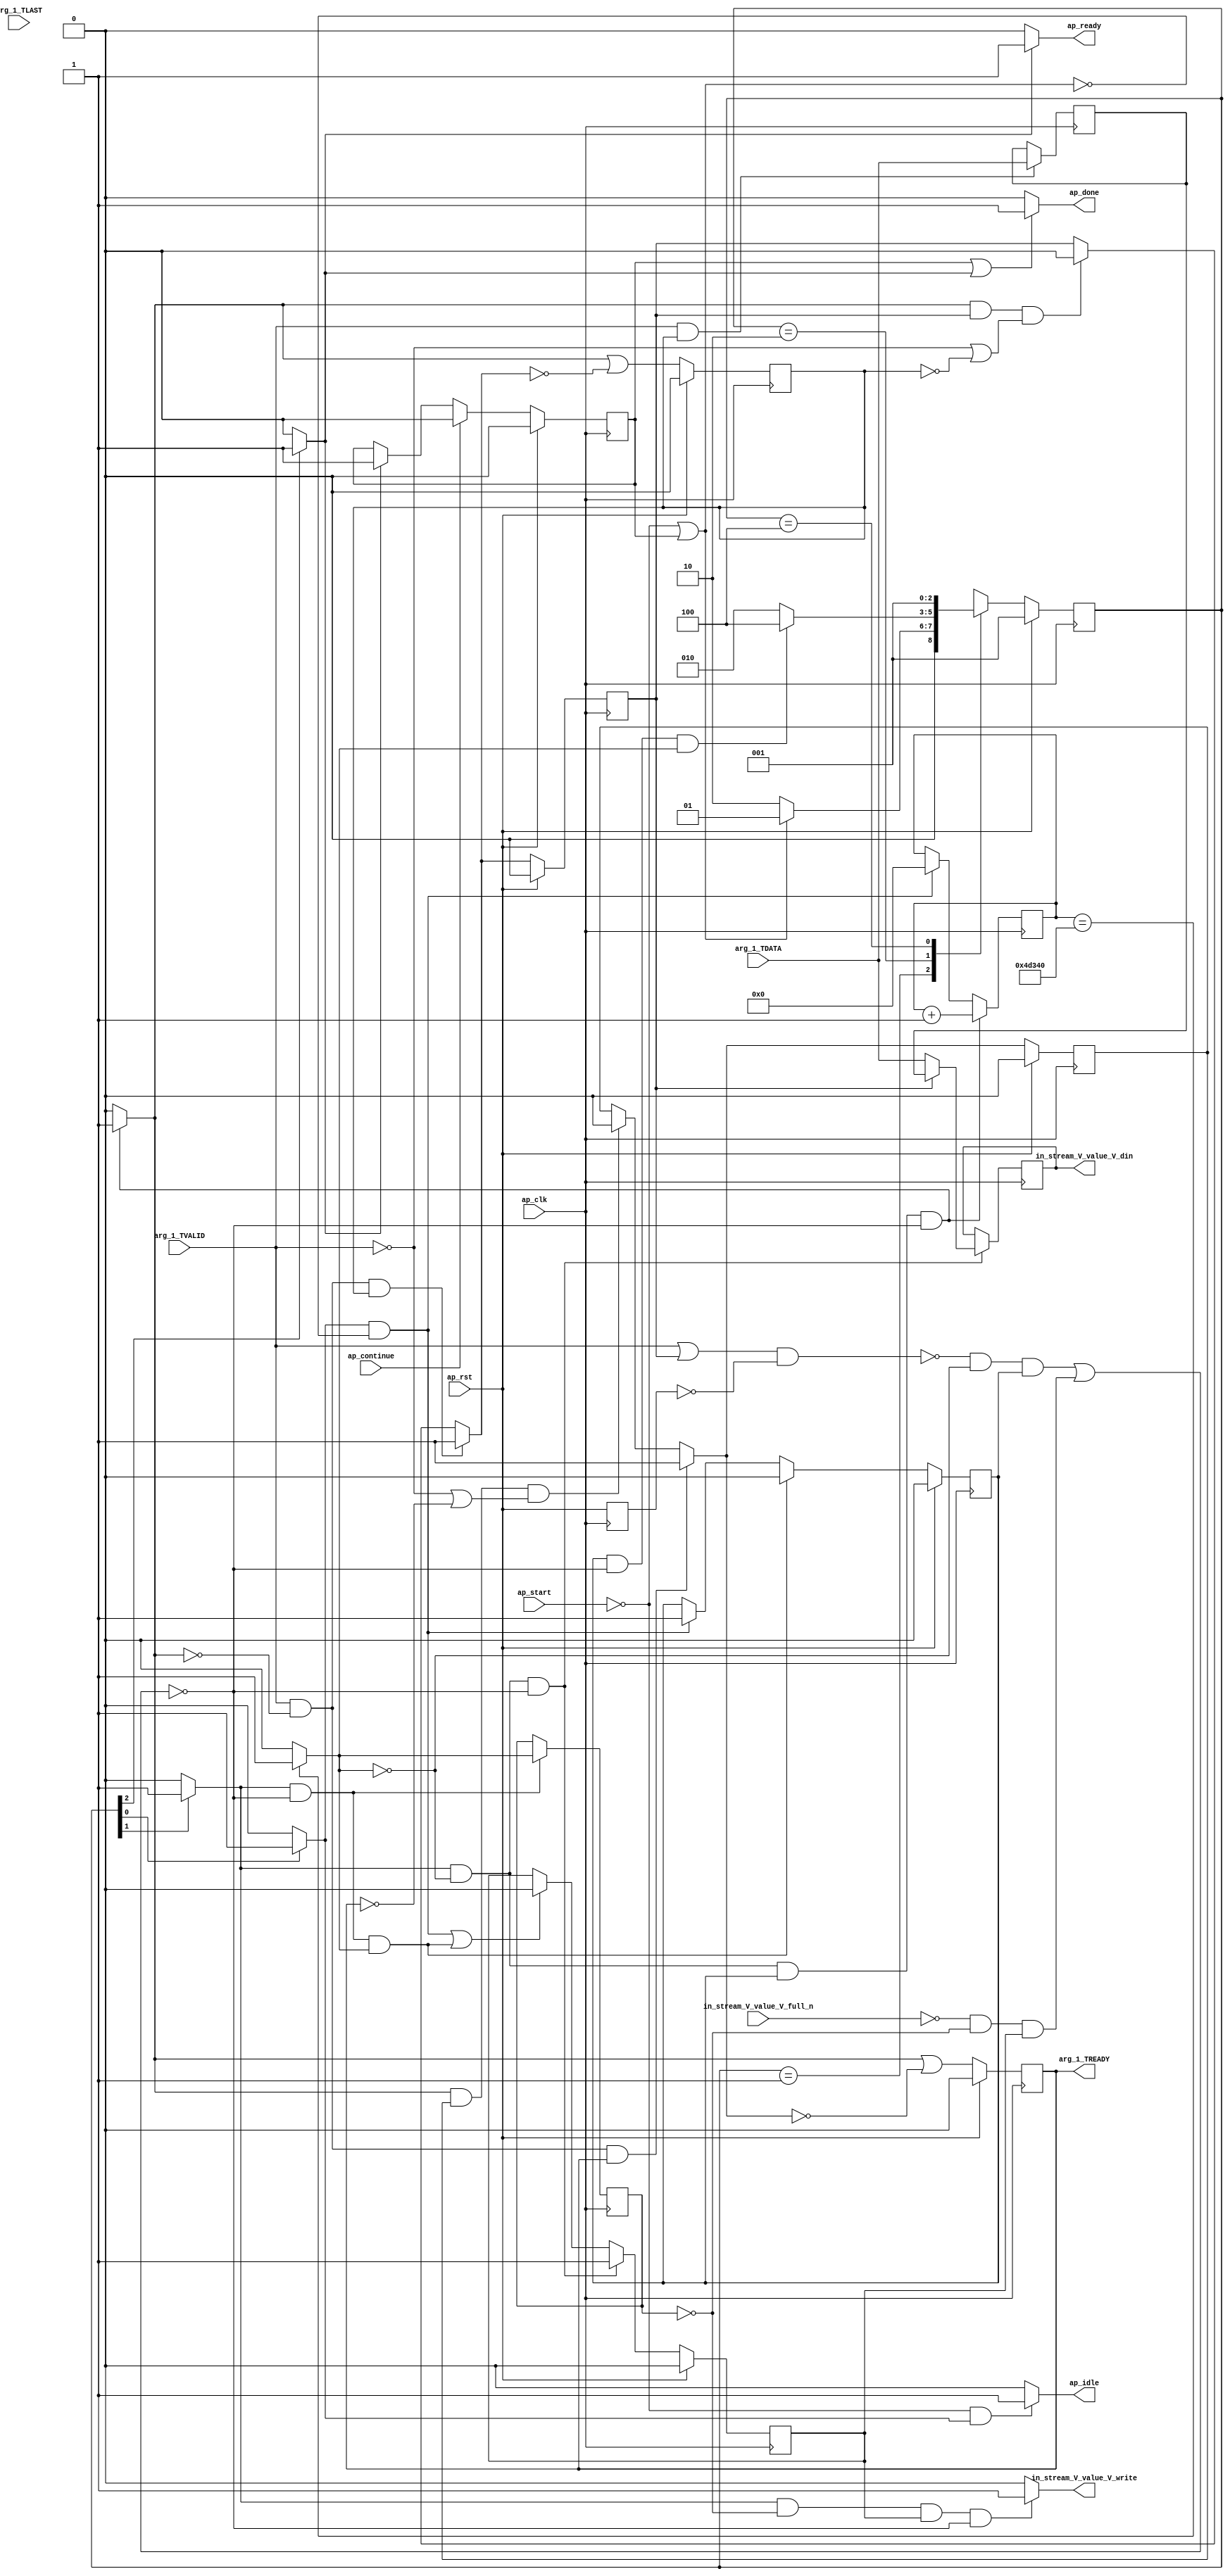
// ==============================================================
// RTL generated by Vivado(TM) HLS - High-Level Synthesis from C, C++ and SystemC
// Version: 2015.3
// Copyright (C) 2015 Xilinx Inc. All rights reserved.
// 
// ===========================================================

`timescale 1 ns / 1 ps 

module hls_target_linebuffer_Loop_1_proc (
        ap_clk,
        ap_rst,
        ap_start,
        ap_done,
        ap_continue,
        ap_idle,
        ap_ready,
        arg_1_TDATA,
        arg_1_TVALID,
        arg_1_TREADY,
        arg_1_TLAST,
        in_stream_V_value_V_din,
        in_stream_V_value_V_full_n,
        in_stream_V_value_V_write
);

parameter    ap_const_logic_1 = 1'b1;
parameter    ap_const_logic_0 = 1'b0;
parameter    ap_ST_st1_fsm_0 = 3'b1;
parameter    ap_ST_pp0_stg0_fsm_1 = 3'b10;
parameter    ap_ST_st4_fsm_2 = 3'b100;
parameter    ap_const_lv32_0 = 32'b00000000000000000000000000000000;
parameter    ap_const_lv1_1 = 1'b1;
parameter    ap_true = 1'b1;
parameter    ap_const_lv32_1 = 32'b1;
parameter    ap_const_lv1_0 = 1'b0;
parameter    ap_const_lv19_0 = 19'b0000000000000000000;
parameter    ap_const_lv19_4D340 = 19'b1001101001101000000;
parameter    ap_const_lv19_1 = 19'b1;
parameter    ap_const_lv32_2 = 32'b10;

input   ap_clk;
input   ap_rst;
input   ap_start;
output   ap_done;
input   ap_continue;
output   ap_idle;
output   ap_ready;
input  [7:0] arg_1_TDATA;
input   arg_1_TVALID;
output   arg_1_TREADY;
input  [0:0] arg_1_TLAST;
output  [7:0] in_stream_V_value_V_din;
input   in_stream_V_value_V_full_n;
output   in_stream_V_value_V_write;

reg ap_done;
reg ap_idle;
reg ap_ready;
reg in_stream_V_value_V_write;
reg    ap_done_reg = 1'b0;
//(* fsm_encoding = "none" *) 
reg   [2:0] ap_CS_fsm = 3'b1; // XXX
reg    ap_sig_cseq_ST_st1_fsm_0;
reg    ap_sig_bdd_22;
reg   [7:0] in_axi_stream_V_value_V_0_data_out;
wire    in_axi_stream_V_value_V_0_vld_in;
wire    in_axi_stream_V_value_V_0_vld_out;
reg    in_axi_stream_V_value_V_0_ack_out;
reg   [7:0] in_axi_stream_V_value_V_0_data_reg;
reg    in_axi_stream_V_value_V_0_areset_d;
reg    in_axi_stream_V_value_V_0_in_rdy = 1'b0;
reg    in_axi_stream_V_value_V_0_has_vld_data_reg_i;
reg    in_axi_stream_V_value_V_0_has_vld_data_reg = 1'b0;
wire    in_axi_stream_V_last_V_0_vld_in;
reg    in_axi_stream_V_last_V_0_ack_out;
reg    in_axi_stream_V_last_V_0_in_rdy = 1'b0;
reg    in_axi_stream_V_last_V_0_has_vld_data_reg_i;
reg    in_axi_stream_V_last_V_0_has_vld_data_reg = 1'b0;
reg   [18:0] indvar_flatten_reg_61 /*verilator public*/;
wire   [0:0] exitcond_flatten_fu_72_p2;
reg   [0:0] exitcond_flatten_reg_88;
reg    ap_sig_cseq_ST_pp0_stg0_fsm_1;
reg    ap_sig_bdd_108;
reg    ap_sig_bdd_114;
reg    ap_reg_ppiten_pp0_it0 = 1'b0;
reg    ap_sig_bdd_121;
reg    ap_reg_ppiten_pp0_it1 = 1'b0;
wire   [18:0] indvar_flatten_next_fu_78_p2;
reg   [7:0] empty_18_reg_97_0 /*verilator public*/;
reg    ap_sig_bdd_142;
reg    ap_sig_cseq_ST_st4_fsm_2;
reg    ap_sig_bdd_172;
reg   [2:0] ap_NS_fsm;




/// the current state (ap_CS_fsm) of the state machine. ///
always @ (posedge ap_clk) begin : ap_ret_ap_CS_fsm
    if (ap_rst == 1'b1) begin
        ap_CS_fsm <= ap_ST_st1_fsm_0;
    end else begin
        ap_CS_fsm <= ap_NS_fsm;
    end
end

/// ap_done_reg assign process. ///
always @ (posedge ap_clk) begin : ap_ret_ap_done_reg
    if (ap_rst == 1'b1) begin
        ap_done_reg <= ap_const_logic_0;
    end else begin
        if ((ap_const_logic_1 == ap_continue)) begin
            ap_done_reg <= ap_const_logic_0;
        end else if ((ap_const_logic_1 == ap_sig_cseq_ST_st4_fsm_2)) begin
            ap_done_reg <= ap_const_logic_1;
        end
    end
end

/// ap_reg_ppiten_pp0_it0 assign process. ///
always @ (posedge ap_clk) begin : ap_ret_ap_reg_ppiten_pp0_it0
    if (ap_rst == 1'b1) begin
        ap_reg_ppiten_pp0_it0 <= ap_const_logic_0;
    end else begin
        if (((ap_const_logic_1 == ap_sig_cseq_ST_pp0_stg0_fsm_1) & ~((ap_sig_bdd_114 & (ap_const_logic_1 == ap_reg_ppiten_pp0_it0)) | (ap_sig_bdd_121 & (ap_const_logic_1 == ap_reg_ppiten_pp0_it1))) & ~(exitcond_flatten_fu_72_p2 == ap_const_lv1_0))) begin
            ap_reg_ppiten_pp0_it0 <= ap_const_logic_0;
        end else if (((ap_const_logic_1 == ap_sig_cseq_ST_st1_fsm_0) & ~ap_sig_bdd_142)) begin
            ap_reg_ppiten_pp0_it0 <= ap_const_logic_1;
        end
    end
end

/// ap_reg_ppiten_pp0_it1 assign process. ///
always @ (posedge ap_clk) begin : ap_ret_ap_reg_ppiten_pp0_it1
    if (ap_rst == 1'b1) begin
        ap_reg_ppiten_pp0_it1 <= ap_const_logic_0;
    end else begin
        if (((ap_const_logic_1 == ap_sig_cseq_ST_pp0_stg0_fsm_1) & (exitcond_flatten_fu_72_p2 == ap_const_lv1_0) & ~((ap_sig_bdd_114 & (ap_const_logic_1 == ap_reg_ppiten_pp0_it0)) | (ap_sig_bdd_121 & (ap_const_logic_1 == ap_reg_ppiten_pp0_it1))))) begin
            ap_reg_ppiten_pp0_it1 <= ap_const_logic_1;
        end else if ((((ap_const_logic_1 == ap_sig_cseq_ST_st1_fsm_0) & ~ap_sig_bdd_142) | ((ap_const_logic_1 == ap_sig_cseq_ST_pp0_stg0_fsm_1) & ~((ap_sig_bdd_114 & (ap_const_logic_1 == ap_reg_ppiten_pp0_it0)) | (ap_sig_bdd_121 & (ap_const_logic_1 == ap_reg_ppiten_pp0_it1))) & ~(exitcond_flatten_fu_72_p2 == ap_const_lv1_0)))) begin
            ap_reg_ppiten_pp0_it1 <= ap_const_logic_0;
        end
    end
end

/// in_axi_stream_V_last_V_0_has_vld_data_reg assign process. ///
always @ (posedge ap_clk) begin : ap_ret_in_axi_stream_V_last_V_0_has_vld_data_reg
    if (ap_rst == 1'b1) begin
        in_axi_stream_V_last_V_0_has_vld_data_reg <= ap_const_logic_0;
    end else begin
        in_axi_stream_V_last_V_0_has_vld_data_reg <= in_axi_stream_V_last_V_0_has_vld_data_reg_i;
    end
end

/// in_axi_stream_V_last_V_0_in_rdy assign process. ///
always @ (posedge ap_clk) begin : ap_ret_in_axi_stream_V_last_V_0_in_rdy
    if (ap_rst == 1'b1) begin
        in_axi_stream_V_last_V_0_in_rdy <= ap_const_logic_0;
    end else begin
        in_axi_stream_V_last_V_0_in_rdy <= (in_axi_stream_V_last_V_0_ack_out | ~in_axi_stream_V_last_V_0_has_vld_data_reg_i);
    end
end

/// in_axi_stream_V_value_V_0_has_vld_data_reg assign process. ///
always @ (posedge ap_clk) begin : ap_ret_in_axi_stream_V_value_V_0_has_vld_data_reg
    if (ap_rst == 1'b1) begin
        in_axi_stream_V_value_V_0_has_vld_data_reg <= ap_const_logic_0;
    end else begin
        in_axi_stream_V_value_V_0_has_vld_data_reg <= in_axi_stream_V_value_V_0_has_vld_data_reg_i;
    end
end

/// in_axi_stream_V_value_V_0_in_rdy assign process. ///
always @ (posedge ap_clk) begin : ap_ret_in_axi_stream_V_value_V_0_in_rdy
    if (ap_rst == 1'b1) begin
        in_axi_stream_V_value_V_0_in_rdy <= ap_const_logic_0;
    end else begin
        in_axi_stream_V_value_V_0_in_rdy <= (in_axi_stream_V_value_V_0_ack_out | ~in_axi_stream_V_value_V_0_has_vld_data_reg_i);
    end
end

/// assign process. ///
always @ (posedge ap_clk) begin
    if (((ap_const_logic_1 == ap_sig_cseq_ST_pp0_stg0_fsm_1) & (exitcond_flatten_fu_72_p2 == ap_const_lv1_0) & (ap_const_logic_1 == ap_reg_ppiten_pp0_it0) & ~((ap_sig_bdd_114 & (ap_const_logic_1 == ap_reg_ppiten_pp0_it0)) | (ap_sig_bdd_121 & (ap_const_logic_1 == ap_reg_ppiten_pp0_it1))))) begin
        indvar_flatten_reg_61 <= indvar_flatten_next_fu_78_p2;
    end else if (((ap_const_logic_1 == ap_sig_cseq_ST_st1_fsm_0) & ~ap_sig_bdd_142)) begin
        indvar_flatten_reg_61 <= ap_const_lv19_0;
    end
end

/// assign process. ///
always @ (posedge ap_clk) begin
    if (((ap_const_logic_1 == ap_sig_cseq_ST_pp0_stg0_fsm_1) & (exitcond_flatten_fu_72_p2 == ap_const_lv1_0) & ~((ap_sig_bdd_114 & (ap_const_logic_1 == ap_reg_ppiten_pp0_it0)) | (ap_sig_bdd_121 & (ap_const_logic_1 == ap_reg_ppiten_pp0_it1))))) begin
        empty_18_reg_97_0 <= in_axi_stream_V_value_V_0_data_out;
    end
end

/// assign process. ///
always @ (posedge ap_clk) begin
    if (((ap_const_logic_1 == ap_sig_cseq_ST_pp0_stg0_fsm_1) & ~((ap_sig_bdd_114 & (ap_const_logic_1 == ap_reg_ppiten_pp0_it0)) | (ap_sig_bdd_121 & (ap_const_logic_1 == ap_reg_ppiten_pp0_it1))))) begin
        exitcond_flatten_reg_88 <= exitcond_flatten_fu_72_p2;
    end
end

/// assign process. ///
always @ (posedge ap_clk) begin
    if ((ap_true == ap_true)) begin
        in_axi_stream_V_value_V_0_areset_d <= ap_rst;
    end
end

/// assign process. ///
always @ (posedge ap_clk) begin
    if (((ap_const_logic_1 == in_axi_stream_V_value_V_0_vld_in) & (ap_const_logic_1 == in_axi_stream_V_value_V_0_in_rdy))) begin
        in_axi_stream_V_value_V_0_data_reg <= arg_1_TDATA;
    end
end

/// ap_done assign process. ///
always @ (ap_done_reg or ap_sig_cseq_ST_st4_fsm_2) begin
    if (((ap_const_logic_1 == ap_done_reg) | (ap_const_logic_1 == ap_sig_cseq_ST_st4_fsm_2))) begin
        ap_done = ap_const_logic_1;
    end else begin
        ap_done = ap_const_logic_0;
    end
end

/// ap_idle assign process. ///
always @ (ap_start or ap_sig_cseq_ST_st1_fsm_0) begin
    if ((~(ap_const_logic_1 == ap_start) & (ap_const_logic_1 == ap_sig_cseq_ST_st1_fsm_0))) begin
        ap_idle = ap_const_logic_1;
    end else begin
        ap_idle = ap_const_logic_0;
    end
end

/// ap_ready assign process. ///
always @ (ap_sig_cseq_ST_st4_fsm_2) begin
    if ((ap_const_logic_1 == ap_sig_cseq_ST_st4_fsm_2)) begin
        ap_ready = ap_const_logic_1;
    end else begin
        ap_ready = ap_const_logic_0;
    end
end

/// ap_sig_cseq_ST_pp0_stg0_fsm_1 assign process. ///
always @ (ap_sig_bdd_108) begin
    if (ap_sig_bdd_108) begin
        ap_sig_cseq_ST_pp0_stg0_fsm_1 = ap_const_logic_1;
    end else begin
        ap_sig_cseq_ST_pp0_stg0_fsm_1 = ap_const_logic_0;
    end
end

/// ap_sig_cseq_ST_st1_fsm_0 assign process. ///
always @ (ap_sig_bdd_22) begin
    if (ap_sig_bdd_22) begin
        ap_sig_cseq_ST_st1_fsm_0 = ap_const_logic_1;
    end else begin
        ap_sig_cseq_ST_st1_fsm_0 = ap_const_logic_0;
    end
end

/// ap_sig_cseq_ST_st4_fsm_2 assign process. ///
always @ (ap_sig_bdd_172) begin
    if (ap_sig_bdd_172) begin
        ap_sig_cseq_ST_st4_fsm_2 = ap_const_logic_1;
    end else begin
        ap_sig_cseq_ST_st4_fsm_2 = ap_const_logic_0;
    end
end

/// in_axi_stream_V_last_V_0_ack_out assign process. ///
always @ (exitcond_flatten_fu_72_p2 or ap_sig_cseq_ST_pp0_stg0_fsm_1 or ap_sig_bdd_114 or ap_reg_ppiten_pp0_it0 or ap_sig_bdd_121 or ap_reg_ppiten_pp0_it1) begin
    if (((ap_const_logic_1 == ap_sig_cseq_ST_pp0_stg0_fsm_1) & (exitcond_flatten_fu_72_p2 == ap_const_lv1_0) & (ap_const_logic_1 == ap_reg_ppiten_pp0_it0) & ~((ap_sig_bdd_114 & (ap_const_logic_1 == ap_reg_ppiten_pp0_it0)) | (ap_sig_bdd_121 & (ap_const_logic_1 == ap_reg_ppiten_pp0_it1))))) begin
        in_axi_stream_V_last_V_0_ack_out = ap_const_logic_1;
    end else begin
        in_axi_stream_V_last_V_0_ack_out = ap_const_logic_0;
    end
end

/// in_axi_stream_V_last_V_0_has_vld_data_reg_i assign process. ///
always @ (in_axi_stream_V_last_V_0_vld_in or in_axi_stream_V_last_V_0_ack_out or in_axi_stream_V_last_V_0_in_rdy or in_axi_stream_V_last_V_0_has_vld_data_reg) begin
    if (((ap_const_logic_1 == in_axi_stream_V_last_V_0_vld_in) & (ap_const_logic_0 == in_axi_stream_V_last_V_0_ack_out) & (ap_const_logic_1 == in_axi_stream_V_last_V_0_in_rdy))) begin
        in_axi_stream_V_last_V_0_has_vld_data_reg_i = ap_const_logic_1;
    end else if (((ap_const_logic_1 == in_axi_stream_V_last_V_0_ack_out) & (ap_const_logic_1 == in_axi_stream_V_last_V_0_has_vld_data_reg) & ((ap_const_logic_0 == in_axi_stream_V_last_V_0_vld_in) | (ap_const_logic_0 == in_axi_stream_V_last_V_0_in_rdy)))) begin
        in_axi_stream_V_last_V_0_has_vld_data_reg_i = ap_const_logic_0;
    end else begin
        in_axi_stream_V_last_V_0_has_vld_data_reg_i = in_axi_stream_V_last_V_0_has_vld_data_reg;
    end
end

/// in_axi_stream_V_value_V_0_ack_out assign process. ///
always @ (exitcond_flatten_fu_72_p2 or ap_sig_cseq_ST_pp0_stg0_fsm_1 or ap_sig_bdd_114 or ap_reg_ppiten_pp0_it0 or ap_sig_bdd_121 or ap_reg_ppiten_pp0_it1) begin
    if (((ap_const_logic_1 == ap_sig_cseq_ST_pp0_stg0_fsm_1) & (exitcond_flatten_fu_72_p2 == ap_const_lv1_0) & (ap_const_logic_1 == ap_reg_ppiten_pp0_it0) & ~((ap_sig_bdd_114 & (ap_const_logic_1 == ap_reg_ppiten_pp0_it0)) | (ap_sig_bdd_121 & (ap_const_logic_1 == ap_reg_ppiten_pp0_it1))))) begin
        in_axi_stream_V_value_V_0_ack_out = ap_const_logic_1;
    end else begin
        in_axi_stream_V_value_V_0_ack_out = ap_const_logic_0;
    end
end

/// in_axi_stream_V_value_V_0_data_out assign process. ///
always @ (arg_1_TDATA or in_axi_stream_V_value_V_0_data_reg or in_axi_stream_V_value_V_0_has_vld_data_reg) begin
    if ((ap_const_logic_1 == in_axi_stream_V_value_V_0_has_vld_data_reg)) begin
        in_axi_stream_V_value_V_0_data_out = in_axi_stream_V_value_V_0_data_reg;
    end else begin
        in_axi_stream_V_value_V_0_data_out = arg_1_TDATA;
    end
end

/// in_axi_stream_V_value_V_0_has_vld_data_reg_i assign process. ///
always @ (in_axi_stream_V_value_V_0_vld_in or in_axi_stream_V_value_V_0_ack_out or in_axi_stream_V_value_V_0_in_rdy or in_axi_stream_V_value_V_0_has_vld_data_reg) begin
    if (((ap_const_logic_1 == in_axi_stream_V_value_V_0_vld_in) & (ap_const_logic_0 == in_axi_stream_V_value_V_0_ack_out) & (ap_const_logic_1 == in_axi_stream_V_value_V_0_in_rdy))) begin
        in_axi_stream_V_value_V_0_has_vld_data_reg_i = ap_const_logic_1;
    end else if (((ap_const_logic_1 == in_axi_stream_V_value_V_0_ack_out) & (ap_const_logic_1 == in_axi_stream_V_value_V_0_has_vld_data_reg) & ((ap_const_logic_0 == in_axi_stream_V_value_V_0_vld_in) | (ap_const_logic_0 == in_axi_stream_V_value_V_0_in_rdy)))) begin
        in_axi_stream_V_value_V_0_has_vld_data_reg_i = ap_const_logic_0;
    end else begin
        in_axi_stream_V_value_V_0_has_vld_data_reg_i = in_axi_stream_V_value_V_0_has_vld_data_reg;
    end
end

/// in_stream_V_value_V_write assign process. ///
always @ (exitcond_flatten_reg_88 or ap_sig_cseq_ST_pp0_stg0_fsm_1 or ap_sig_bdd_114 or ap_reg_ppiten_pp0_it0 or ap_sig_bdd_121 or ap_reg_ppiten_pp0_it1) begin
    if (((ap_const_logic_1 == ap_sig_cseq_ST_pp0_stg0_fsm_1) & (exitcond_flatten_reg_88 == ap_const_lv1_0) & (ap_const_logic_1 == ap_reg_ppiten_pp0_it1) & ~((ap_sig_bdd_114 & (ap_const_logic_1 == ap_reg_ppiten_pp0_it0)) | (ap_sig_bdd_121 & (ap_const_logic_1 == ap_reg_ppiten_pp0_it1))))) begin
        in_stream_V_value_V_write = ap_const_logic_1;
    end else begin
        in_stream_V_value_V_write = ap_const_logic_0;
    end
end
/// the next state (ap_NS_fsm) of the state machine. ///
always @ (ap_CS_fsm or exitcond_flatten_fu_72_p2 or ap_sig_bdd_114 or ap_reg_ppiten_pp0_it0 or ap_sig_bdd_121 or ap_reg_ppiten_pp0_it1 or ap_sig_bdd_142) begin
    case (ap_CS_fsm)
        ap_ST_st1_fsm_0 : 
        begin
            if (~ap_sig_bdd_142) begin
                ap_NS_fsm = ap_ST_pp0_stg0_fsm_1;
            end else begin
                ap_NS_fsm = ap_ST_st1_fsm_0;
            end
        end
        ap_ST_pp0_stg0_fsm_1 : 
        begin
            if (~((ap_const_logic_1 == ap_reg_ppiten_pp0_it0) & ~((ap_sig_bdd_114 & (ap_const_logic_1 == ap_reg_ppiten_pp0_it0)) | (ap_sig_bdd_121 & (ap_const_logic_1 == ap_reg_ppiten_pp0_it1))) & ~(exitcond_flatten_fu_72_p2 == ap_const_lv1_0))) begin
                ap_NS_fsm = ap_ST_pp0_stg0_fsm_1;
            end else if (((ap_const_logic_1 == ap_reg_ppiten_pp0_it0) & ~((ap_sig_bdd_114 & (ap_const_logic_1 == ap_reg_ppiten_pp0_it0)) | (ap_sig_bdd_121 & (ap_const_logic_1 == ap_reg_ppiten_pp0_it1))) & ~(exitcond_flatten_fu_72_p2 == ap_const_lv1_0))) begin
                ap_NS_fsm = ap_ST_st4_fsm_2;
            end else begin
                ap_NS_fsm = ap_ST_pp0_stg0_fsm_1;
            end
        end
        ap_ST_st4_fsm_2 : 
        begin
            ap_NS_fsm = ap_ST_st1_fsm_0;
        end
        default : 
        begin
            ap_NS_fsm = 'bx;
        end
    endcase
end


/// ap_sig_bdd_108 assign process. ///
always @ (ap_CS_fsm) begin
    ap_sig_bdd_108 = (ap_const_lv1_1 == ap_CS_fsm[ap_const_lv32_1]);
end

/// ap_sig_bdd_114 assign process. ///
always @ (in_axi_stream_V_value_V_0_vld_out or exitcond_flatten_fu_72_p2) begin
    ap_sig_bdd_114 = ((in_axi_stream_V_value_V_0_vld_out == ap_const_logic_0) & (exitcond_flatten_fu_72_p2 == ap_const_lv1_0));
end

/// ap_sig_bdd_121 assign process. ///
always @ (in_stream_V_value_V_full_n or exitcond_flatten_reg_88) begin
    ap_sig_bdd_121 = ((in_stream_V_value_V_full_n == ap_const_logic_0) & (exitcond_flatten_reg_88 == ap_const_lv1_0));
end

/// ap_sig_bdd_142 assign process. ///
always @ (ap_start or ap_done_reg) begin
    ap_sig_bdd_142 = ((ap_start == ap_const_logic_0) | (ap_done_reg == ap_const_logic_1));
end

/// ap_sig_bdd_172 assign process. ///
always @ (ap_CS_fsm) begin
    ap_sig_bdd_172 = (ap_const_lv1_1 == ap_CS_fsm[ap_const_lv32_2]);
end

/// ap_sig_bdd_22 assign process. ///
always @ (ap_CS_fsm) begin
    ap_sig_bdd_22 = (ap_CS_fsm[ap_const_lv32_0] == ap_const_lv1_1);
end
assign arg_1_TREADY = in_axi_stream_V_last_V_0_in_rdy;
assign exitcond_flatten_fu_72_p2 = (indvar_flatten_reg_61 == ap_const_lv19_4D340? 1'b1: 1'b0);
assign in_axi_stream_V_last_V_0_vld_in = arg_1_TVALID;
assign in_axi_stream_V_value_V_0_vld_in = arg_1_TVALID;
assign in_axi_stream_V_value_V_0_vld_out = ((arg_1_TVALID | in_axi_stream_V_value_V_0_has_vld_data_reg) & ~in_axi_stream_V_value_V_0_areset_d);
assign in_stream_V_value_V_din = empty_18_reg_97_0;
assign indvar_flatten_next_fu_78_p2 = (indvar_flatten_reg_61 + ap_const_lv19_1);


endmodule //hls_target_linebuffer_Loop_1_proc